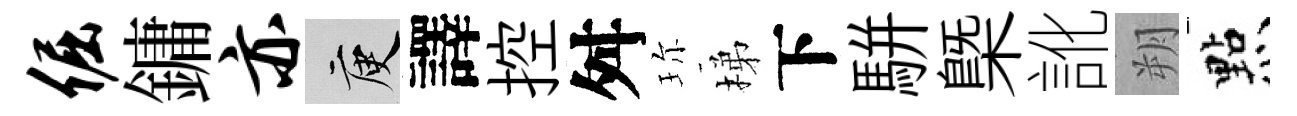
倔鏞亦庾譯控舛珎梯下駢槩訛朔㸃